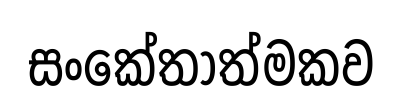
සංකේතාත්මකව